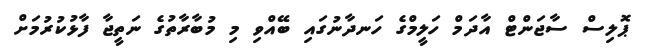
ޕޮލިސް ސާޖަންޓް އާދަމް ހަލީމްގެ ހަނދާނުގައި ބޭއްވި މި މުބާރާތުގެ ނަތީޖާ ފާޅުކުރުމަށް